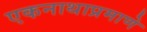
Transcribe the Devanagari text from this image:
एकनाथाप्रमाणे